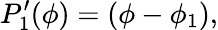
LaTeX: P_{1}^{\prime}(\phi)=\left(\phi-\phi_{1}\right),